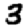
Digit: 3